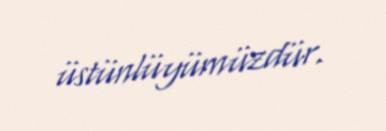
üstünlüyümüzdür.